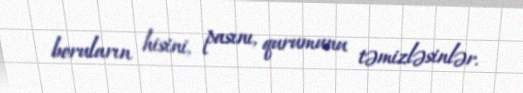
boruların hisini, pasını, qurumunu təmizləsinlər.